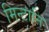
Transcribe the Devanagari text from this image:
मिन्टानि